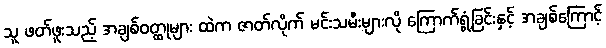
သူ ဖတ်ဖူးသည့် အချစ်ဝတ္ထုများ ထဲက ဇာတ်လိုက် မင်းသမီးများလို ကြောက်ရွံ့ခြင်းနှင့် အချစ်ကြောင့်